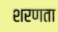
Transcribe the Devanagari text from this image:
शरणता